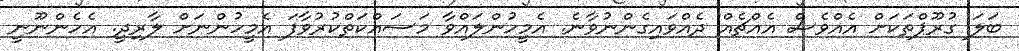
ބަލަ ގުރޫޕްތަކަށް އެއްވެސް އެއްޗެއް ދެއްވައިގެންނުވާނެ. އެމީހުންލައްވާ މަސައްކަތްކުރުވާފަ އެމީހުންނަށް ލާރިދީ. އެހެންނޫނީ